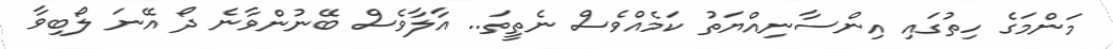
މަންމަގެ ހިތުގައި އިންސާނިއްޔަތު ކަމެއްވެސް ނެތީތަ.. އާލާވެސް ބޭނުންވާނެ ދޯ އޭނަ ލޯބިވާ